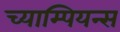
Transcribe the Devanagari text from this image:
च्याम्पियन्स